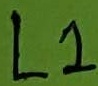
Text: L1